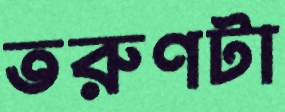
তরুণটা